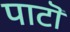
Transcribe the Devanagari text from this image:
पाटॊ